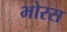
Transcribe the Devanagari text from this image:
भोरस